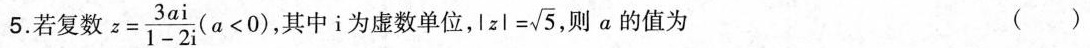
5.若复数$$z = \frac { 3 a i } { 1 - 2 i } ( a < 0 )$$ ，其中i为虚数单位， $$| z | = \sqrt { 5 }$$ ，则a的值为 ( )